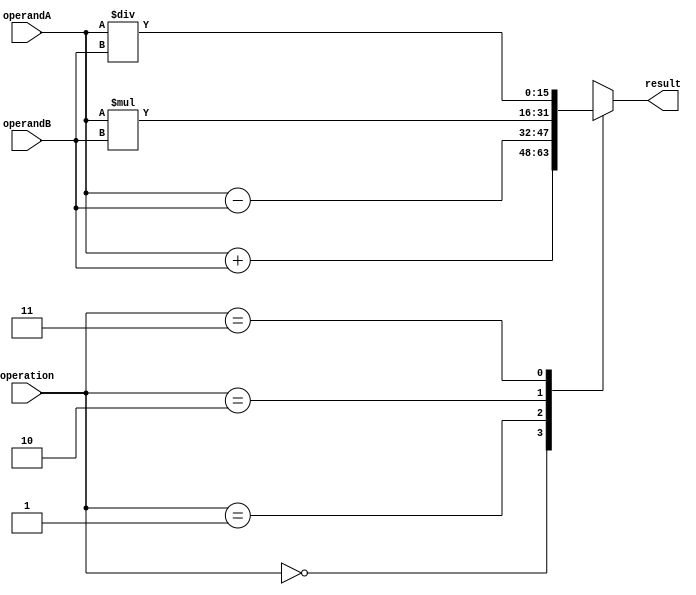
module FixedPointUnit (
    input [15:0] operandA,
    input [15:0] operandB,
    input [1:0] operation, // 00: addition, 01: subtraction, 10: multiplication, 11: division
    output reg [15:0] result
);

always @(*)
begin
    case(operation)
        2'b00: // addition
            result = operandA + operandB;
        2'b01: // subtraction
            result = operandA - operandB;
        2'b10: // multiplication
            result = operandA * operandB;
        2'b11: // division
            result = operandA / operandB;
    endcase
end

endmodule